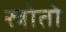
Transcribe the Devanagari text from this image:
स्त्रोतो